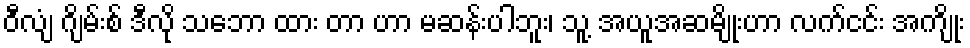
ဝီလျံ ဂျိမ်းစ် ဒီလို သဘော ထား တာ ဟာ မဆန်းပါဘူး၊ သူ့ အယူအဆမျိုးဟာ လက်ငင်း အကျိုး